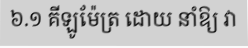
៦.១ គីឡូម៉ែត្រ ដោយ នាំឱ្យ វា